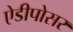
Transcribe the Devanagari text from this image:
ऐडीपोसर